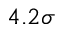
4 . 2 \sigma